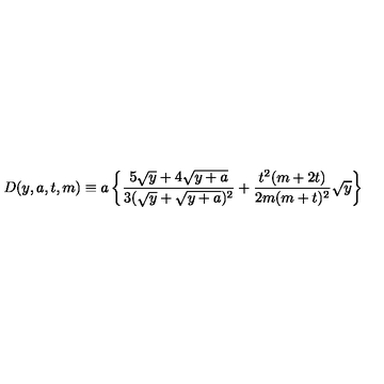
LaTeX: D ( y , a , t , m ) \equiv a \left\{ \frac { 5 \sqrt y + 4 \sqrt { y + a } } { 3 ( \sqrt y + \sqrt { y + a } ) ^ { 2 } } + \frac { t ^ { 2 } ( m + 2 t ) } { 2 m ( m + t ) ^ { 2 } } \sqrt y \right\}